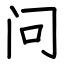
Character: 问